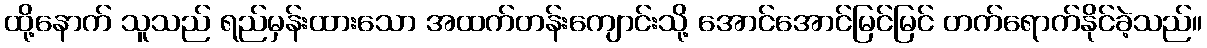
ထို့နောက် သူသည် ရည်မှန်းထားသော အထက်တန်းကျောင်းသို့ အောင်အောင်မြင်မြင် တက်ရောက်နိုင်ခဲ့သည်။